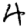
Digit: 4